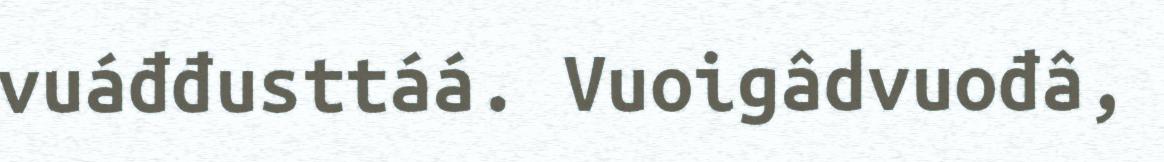
vuáđđusttáá. Vuoigâdvuođâ,